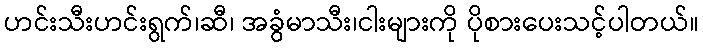
ဟင်းသီးဟင်းရွက်၊ဆီ၊ အခွံမာသီး၊ငါးများကို ပိုစားပေးသင့်ပါတယ်။